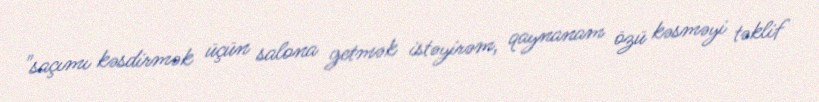
"saçımı kəsdirmək üçün salona getmək istəyirəm, qaynanam özü kəsməyi təklif